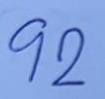
92